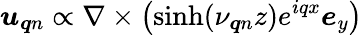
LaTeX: \boldsymbol{u}_{\boldsymbol{q}n}\propto\nabla\times\left(\sinh(\nu_{\boldsymbol{q}n}z)e^{iqx}\boldsymbol{e}_{y}\right)